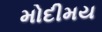
મોદીમય